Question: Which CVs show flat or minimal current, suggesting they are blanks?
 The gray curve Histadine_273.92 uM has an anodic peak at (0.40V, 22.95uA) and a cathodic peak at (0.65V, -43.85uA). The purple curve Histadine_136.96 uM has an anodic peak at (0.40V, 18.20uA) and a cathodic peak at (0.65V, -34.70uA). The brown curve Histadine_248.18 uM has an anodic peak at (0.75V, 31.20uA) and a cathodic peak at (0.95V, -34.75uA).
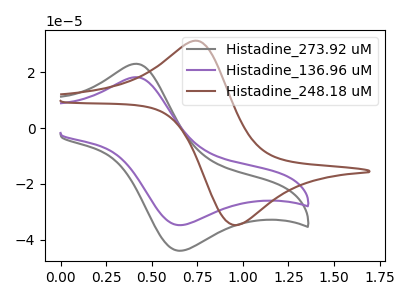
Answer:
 <answer>There are not any CV's on this graph that are likely to be blanks.</answer>
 <eval>none</eval>